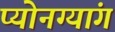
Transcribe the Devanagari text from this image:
प्योनग्यांग